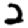
Digit: 2